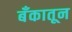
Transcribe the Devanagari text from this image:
बँकातून